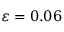
\varepsilon = 0 . 0 6